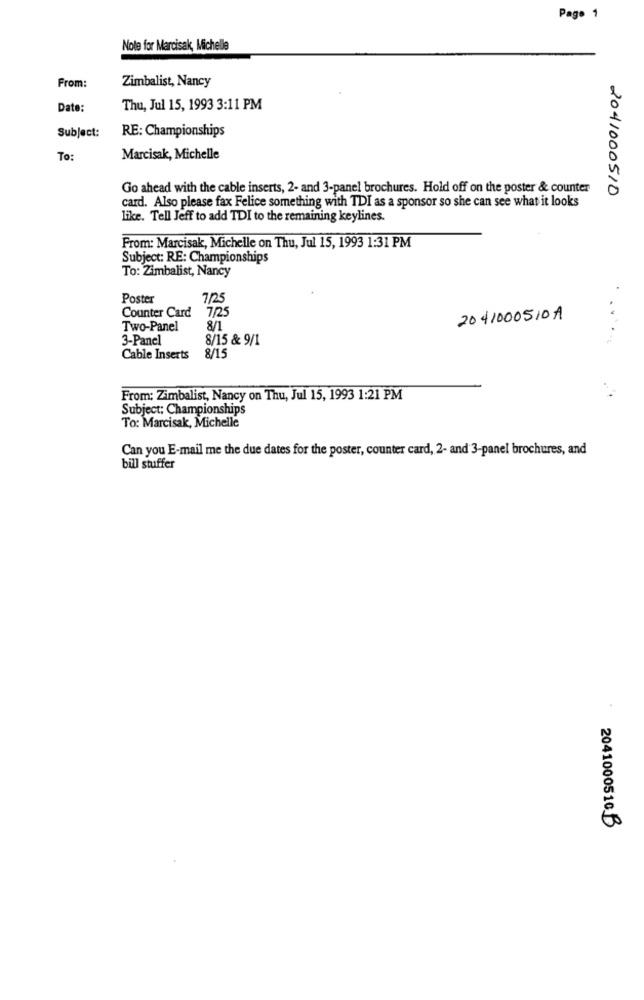
Page 1
Nole for Marcisak, Michelle
From:
Zimbalist, Nancy
Date:
Thu, Jul 15, 1993 3:11 PM
Subject:
RE: Championships
To:
Marcisak, Michelle
Go ahead with the cable inserts, 2- and 3-panel brochures. Hold off on the poster & counter
card. Also please fax Felice something with TDI as a sponsor so she can see what it looks
2041000510
like. Tell Jeff to add TDI to the remaining keylines.
From: Marcisak, Michelle on Thu, Jul 15, 1993 1:31 PM
Subject: RE: Championships
To: Zimbalist, Nancy
Poster
7/25
Counter Card
7/25
2041000510A
Two-Panel
8/1
3-Panel
8/15 & 9/1
Cable Inserts
8/15
From: Zimbalist, Nancy on Thu, Jul 15, 1993 1:21 PM
Subject: Championships
To: Marcisak, Michelle
Can you E-mail me the due dates for the poster, counter card, 2- and 3-panel brochures, and
bill stuffer
2041000510 B